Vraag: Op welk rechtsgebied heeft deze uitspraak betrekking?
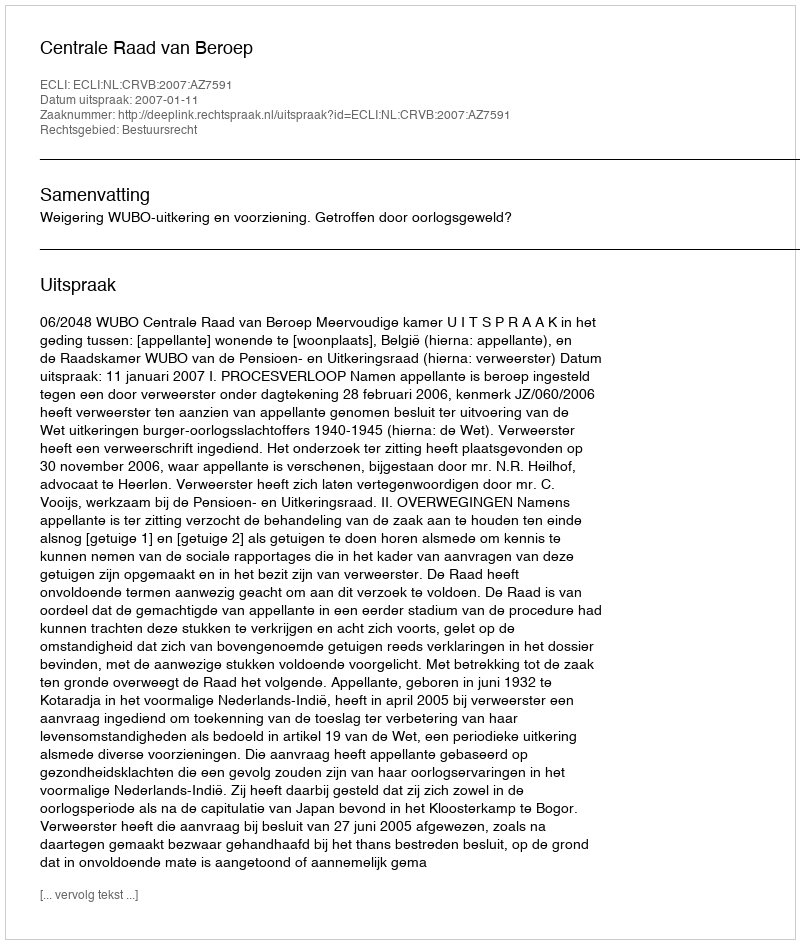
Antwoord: Bestuursrecht